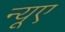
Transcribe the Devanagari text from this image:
न्‍यूए